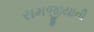
રામજીયાની